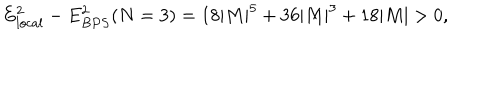
E _ { l o c a l } ^ { 2 } - E _ { B P S } ^ { 2 } ( N = 3 ) = 1 8 | M | ^ { 5 } + 3 6 | M | ^ { 3 } + 1 8 | M | > 0 ,